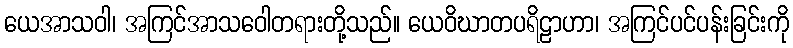
ယေအာသဝါ၊ အကြင်အာသဝေါတရားတို့သည်။ ယေဝိဃာတပရိဠာဟာ၊ အကြင်ပင်ပန်းခြင်းကို